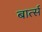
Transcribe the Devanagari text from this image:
बार्त्स